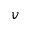
v